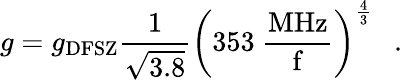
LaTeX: g=g_{\mathrm{DFSZ}}{\frac{1}{\sqrt{3.8}}}\left({353~\mathrm{\frac{MHz}{f}}}\right)^{\frac{4}{3}}~~\ .